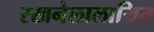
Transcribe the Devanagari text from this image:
रखनेलालायित